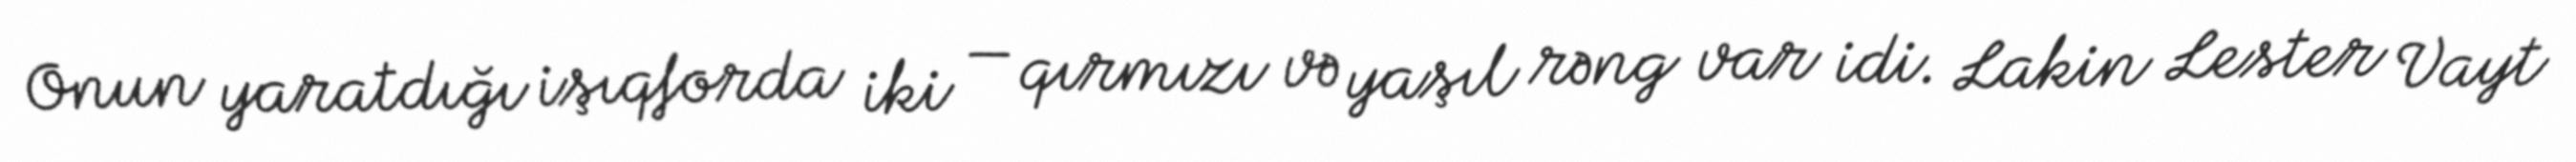
Onun yaratdığı işıqforda iki — qırmızı və yaşıl rəng var idi. Lakin Lester Vayt